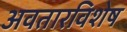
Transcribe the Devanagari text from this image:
अवतारविशेष